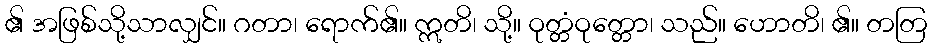
၏ အဖြစ်သို့သာလျှင်။ ဂတာ၊ ရောက်၏။ ဣတိ၊ သို့။ ဝုတ္တံဝုတ္တော၊ သည်။ ဟောတိ၊ ၏။ တတြ